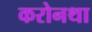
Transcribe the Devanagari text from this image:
करोनथा